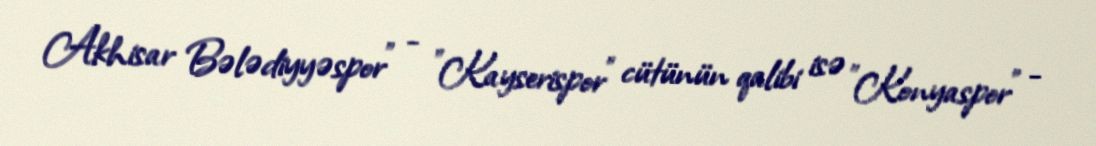
Akhisar Bələdiyyəspor" - "Kayserispor" cütünün qalibi isə "Konyaspor" -